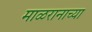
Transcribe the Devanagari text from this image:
माळरानाच्या